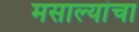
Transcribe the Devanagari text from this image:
मसाल्यांचा